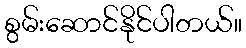
စွမ်းဆောင်နိုင်ပါတယ်။